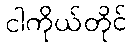
ငါကိုယ်တိုင်